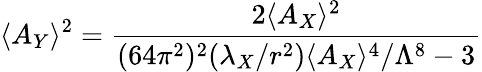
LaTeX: \langle A_{Y}\rangle^{2}={\frac{2\langle A_{X}\rangle^{2}}{(64\pi^{2})^{2}(\lambda_{X}/r^{2})\langle A_{X}\rangle^{4}/\Lambda^{8}-3}}